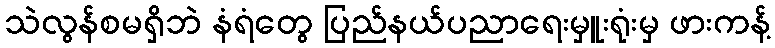
သဲလွန်စမရှိဘဲ နံရံတွေ ပြည်နယ်ပညာရေးမှူးရုံးမှ ဖားကန့်